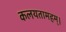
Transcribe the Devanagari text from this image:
कलयतामहम्।